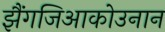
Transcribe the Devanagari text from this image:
झैंगजिआकोउनान